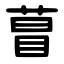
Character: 萺